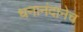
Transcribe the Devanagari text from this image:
धनानंदानेच